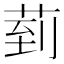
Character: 菿